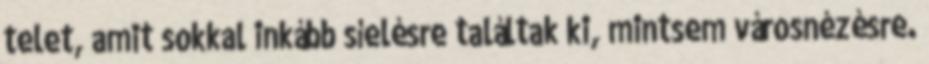
telet, amit sokkal inkább síelésre találtak ki, mintsem városnézésre.